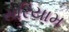
સરિયામ